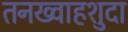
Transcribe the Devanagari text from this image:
तनख्वाहशुदा